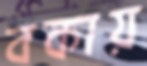
বকায়